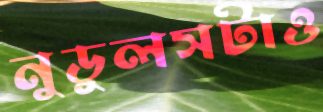
নুডুলসটাও